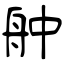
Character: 舯